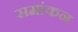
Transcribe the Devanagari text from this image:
समांकन